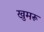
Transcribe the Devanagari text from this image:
खुमरू